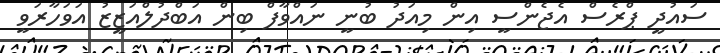
ސައުދީ ޕްރެސް އެޖެންސީ އިން މިއަދު ބުނީ ނައްވާފް ބިން އަބްދުލްއަޒީޒު އަވަހާރަވީ